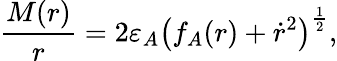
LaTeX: \frac{M(r)}{r}=2\varepsilon_{A}\left(f_{A}(r)+\dot{r}^{2}\right)^{\frac{1}{2}},